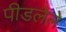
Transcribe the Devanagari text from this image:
पीडलेले